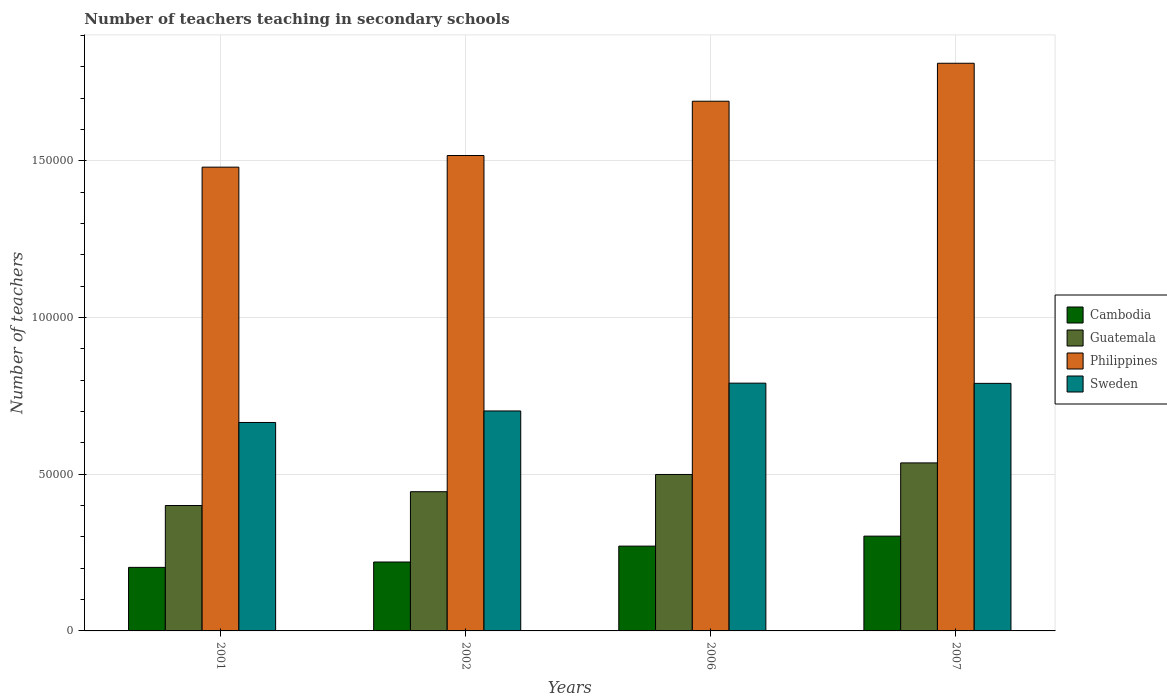
| Years | Cambodia | Guatemala | Philippines | Sweden |
 | --- | --- | --- | --- | --- |
 | 2001 | 2.03e+04 | 4e+04 | 1.48e+05 | 6.65e+04 |
 | 2002 | 2.2e+04 | 4.44e+04 | 1.52e+05 | 7.02e+04 |
 | 2006 | 2.71e+04 | 4.99e+04 | 1.69e+05 | 7.91e+04 |
 | 2007 | 3.03e+04 | 5.36e+04 | 1.81e+05 | 7.9e+04 |